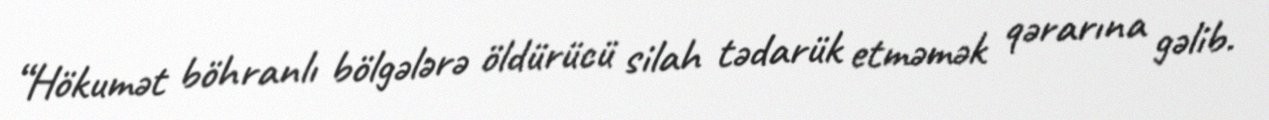
“Hökumət böhranlı bölgələrə öldürücü silah tədarük etməmək qərarına gəlib.